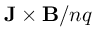
\mathbf { J } \times \mathbf { B } / n q